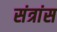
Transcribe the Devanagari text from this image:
संत्रांस